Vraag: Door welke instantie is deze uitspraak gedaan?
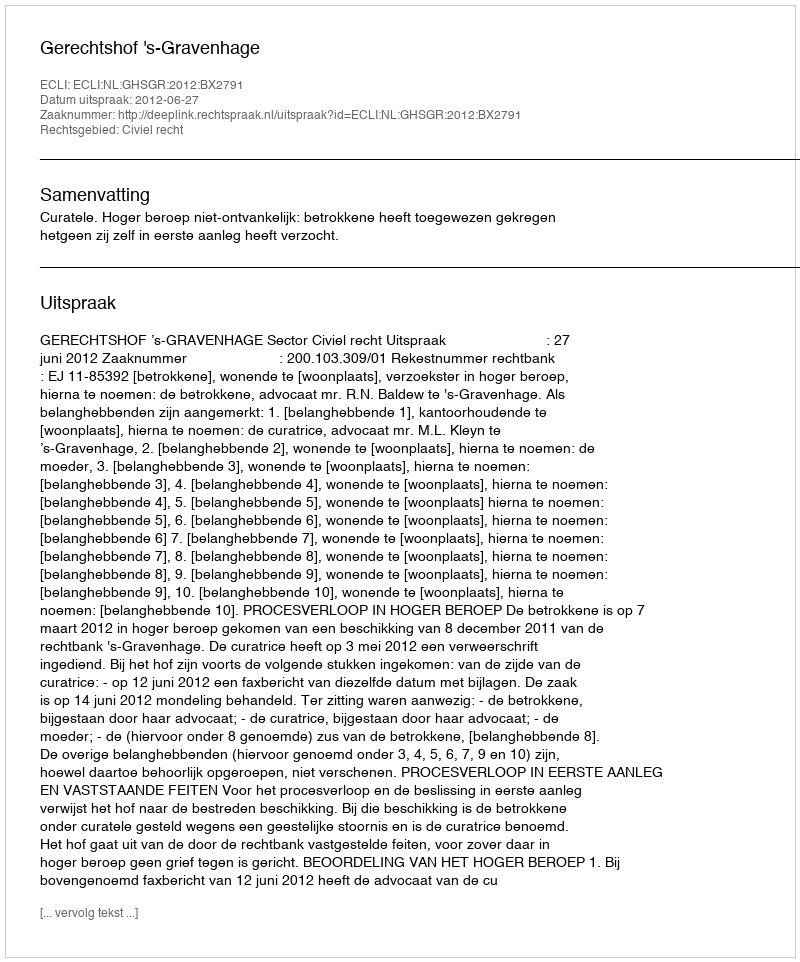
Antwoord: Gerechtshof 's-Gravenhage